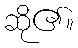
ဆို၏။